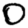
Digit: 0